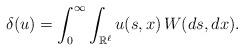
LaTeX: \begin{align*}\delta(u)=\int_0^\infty\int_{\mathbb{R}^\ell}u(s,x) \, W(ds,dx).\end{align*}